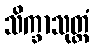
သိက္ခာသုတ္တံ